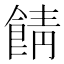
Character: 𩜎